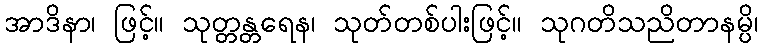
အာဒိနာ၊ ဖြင့်။ သုတ္တန္တရေန၊ သုတ်တစ်ပါးဖြင့်။ သုဂတိသညိတာနမ္ပိ၊